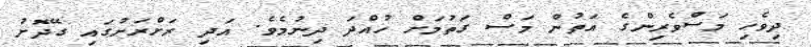
ދިވެހި މަސްވެރިންގެ އަތުން މަސް ގަތުމަށް ހުއްދަ ދިނުމެވެ. އަދި ރަށްރަށުގައި ގޭދޮށު